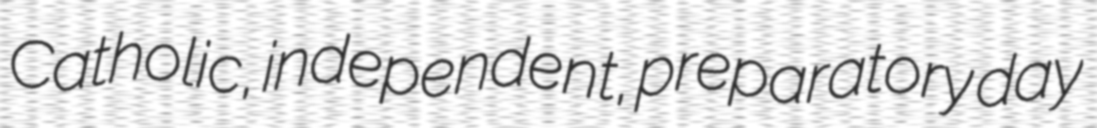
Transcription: Catholic, independent, preparatory day